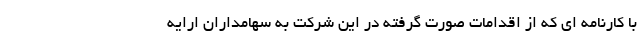
با کارنامه ای که از اقدامات صورت گرفته در این شرکت به سهامداران ارایه